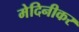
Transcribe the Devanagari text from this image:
मेदिनीकर